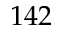
1 4 2